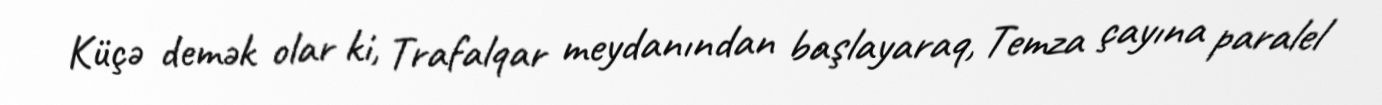
Küçə demək olar ki, Trafalqar meydanından başlayaraq, Temza çayına paralel